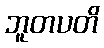
ဘူတပတိ